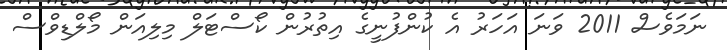
ނަމަވެސް 2011 ވަނަ އަހަރު އެ ކުންފުނީގެ އިތުރުން ކޯސްޓަލް މިލިއަން މޯލްޑިވްސް